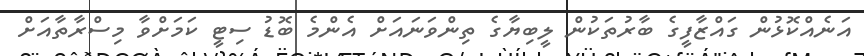
އަނެއްކޮޅުން ގައްޒާފީގެ ބާރުތަކުން ލީބިޔާގެ ތިންވަނައަށް އެންމެ ބޮޑު ސިޓީ ކަމަށްވާ މިސްރާތާއަށް